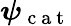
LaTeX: \boldsymbol\psi_{\mathrm{~c~a~t~}}